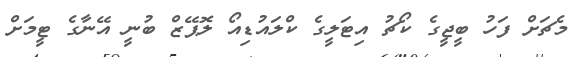
މެޗަށް ފަހު ބީޖީގެ ކޯޗު އިޓަލީގެ ކްލައުޑިއޯ ލޮޕޭޒް ބުނީ އޭނާގެ ޓީމަށް